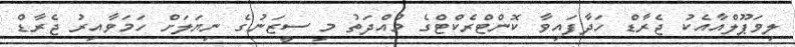
ލިވަޕޫލްއާއެކު ޖެރާޑް ހަދާފައިވާ ކޮންޓްރެކްޓްގެ މުއްދަތު މި ސީޒަނުގެ ނިޔަލަށް ހަމަވާއިރު ޖެރާޑް